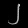
Digit: ၂